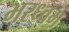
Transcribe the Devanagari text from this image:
भरध्वम